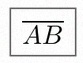
\overline{AB}